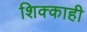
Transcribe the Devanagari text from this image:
शिक्काही